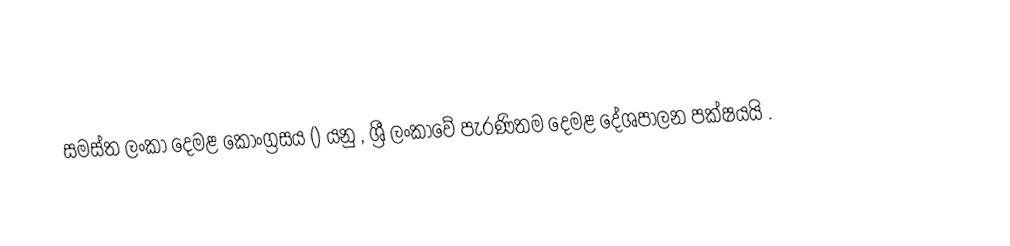
සමස්ත ලංකා දෙමළ කොංග්‍රසය () යනු , ශ්‍රී ලංකාවේ පැරණිතම දෙමළ දේශපාලන පක්ෂයයි .